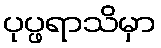
ပုပ္ဖရာသိမှာ